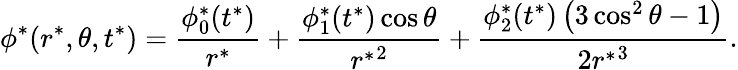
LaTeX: \phi^{*}(r^{*},\theta,t^{*})=\frac{\phi_{0}^{*}(t^{*})}{{r^{*}}}+\frac{\phi_{1}^{*}(t^{*})\cos\theta}{{r^{*}}^{2}}+\frac{\phi_{2}^{*}(t^{*})\left(3\cos^{2}\theta-1\right)}{2{r^{*}}^{3}}.